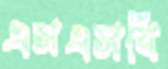
এসএসবি